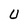
Character: U